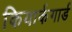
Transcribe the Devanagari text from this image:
कियार्कगार्ड